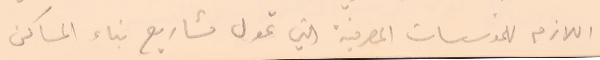
اللازم للمؤسسات المصرفية التي تمول مشاريع بناء المساكن